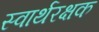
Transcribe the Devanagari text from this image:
स्वार्थरक्षक